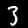
Digit: 3